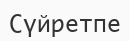
Сүйретпе